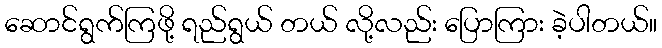
ဆောင်ရွက်ကြဖို့ ရည်ရွယ် တယ် လို့လည်း ပြောကြား ခဲ့ပါတယ်။